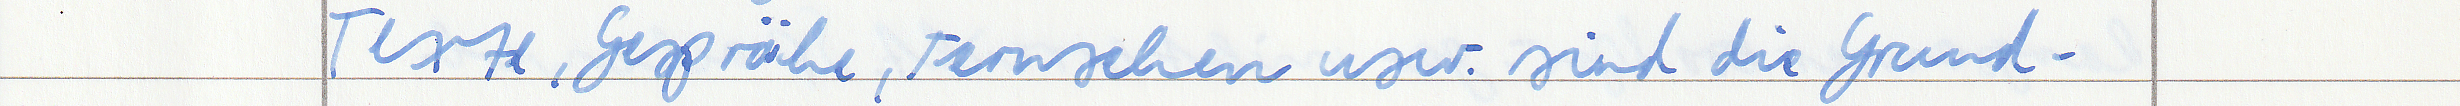
Texte, Gespräche, Fernsehen usw. sind die Grund -